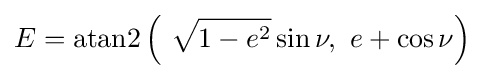
E=\operatorname {atan2} \left(\ {\sqrt {1-e^{2}}}\sin \nu ,\ e+\cos \nu \right)